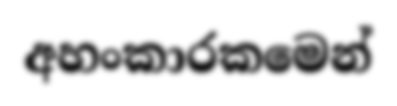
අහංකාරකමෙන්